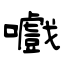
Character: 嚱